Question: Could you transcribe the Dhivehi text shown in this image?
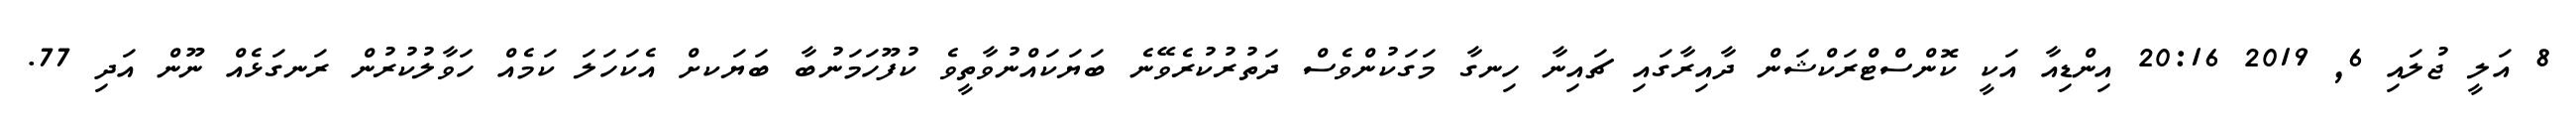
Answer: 8 އަލީ ޖުލައި 6, 2019 20:16 އިންޑިއާ އަކީ ކޮންސްޓްރަކްޝަން ދާއިރާގައި ޗައިނާ ހިނގާ މަގަކުންވެސް ދަތުރުކުރެވޭނެ ބަޔަކައްނުވާތީވެ ކުފޫހަމަނުބާ ބަޔަކށް އެކަހަލަ ކަމެއް ހަވާލުކުރުން ރަނގަޅެއް ނޫން އަދި 77.